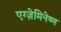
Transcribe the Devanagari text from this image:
एग्ज़ेमिनेष्ण